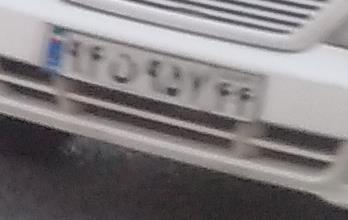
۹۴ن۹۵۷۴۴